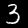
Digit: 3